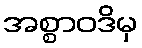
အစ္စာဝဒိမှ